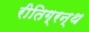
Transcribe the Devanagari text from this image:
रीतिग्रन्थ